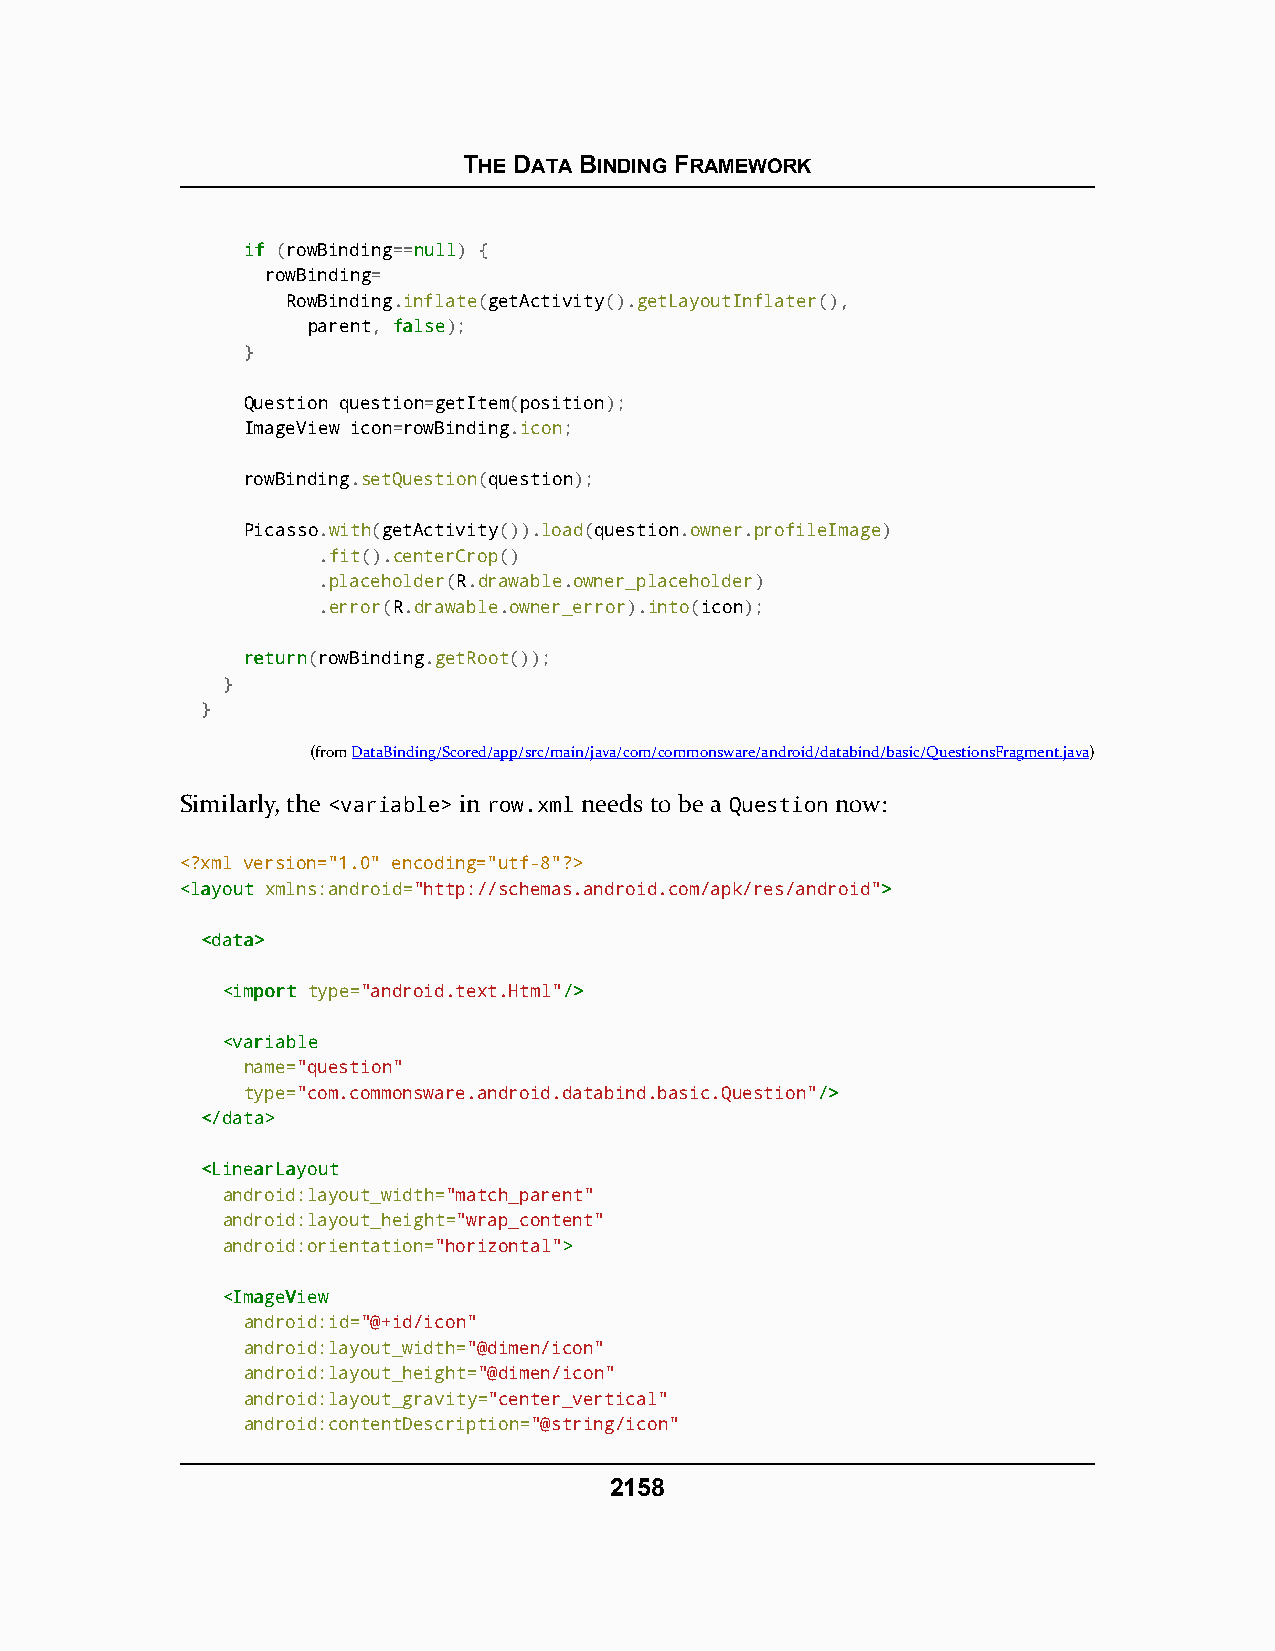
THE DATA BINDING FRAMEWORK
 iiff (rowBinding==nnuullll) {
 rowBinding=
 RowBinding.inflate(getActivity().getLayoutInflater(),
 parent, ffaallssee);
 }
 Question question=getItem(position);
 ImageView icon=rowBinding.icon;
 rowBinding.setQuestion(question);
 Picasso.with(getActivity()).load(question.owner.profileImage)
 .fit().centerCrop()
 .placeholder(R.drawable.owner_placeholder)
 .error(R.drawable.owner_error).into(icon);
 rreettuurrnn(rowBinding.getRoot());
 }
 }
 (fromDataBinding/Scored/app/src/main/java/com/commonsware/android/databind/basic/QuestionsFragment.java)
 Similarly, the <variable> in row.xml needs to be a Question now:
 <?xml version="1.0" encoding="utf-8"?>
 <<llaayyoouutt xmlns:android="http://schemas.android.com/apk/res/android">>
 <<ddaattaa>>
 <<iimmppoorrtt type="android.text.Html"//>>
 <<vvaarriiaabbllee
 name="question"
 type="com.commonsware.android.databind.basic.Question"//>>
 <<//ddaattaa>>
 <<LLiinneeaarrLLaayyoouutt
 android:layout_width="match_parent"
 android:layout_height="wrap_content"
 android:orientation="horizontal">>
 <<IImmaaggeeVViieeww
 android:id="@+id/icon"
 android:layout_width="@dimen/icon"
 android:layout_height="@dimen/icon"
 android:layout_gravity="center_vertical"
 android:contentDescription="@string/icon"
 2158